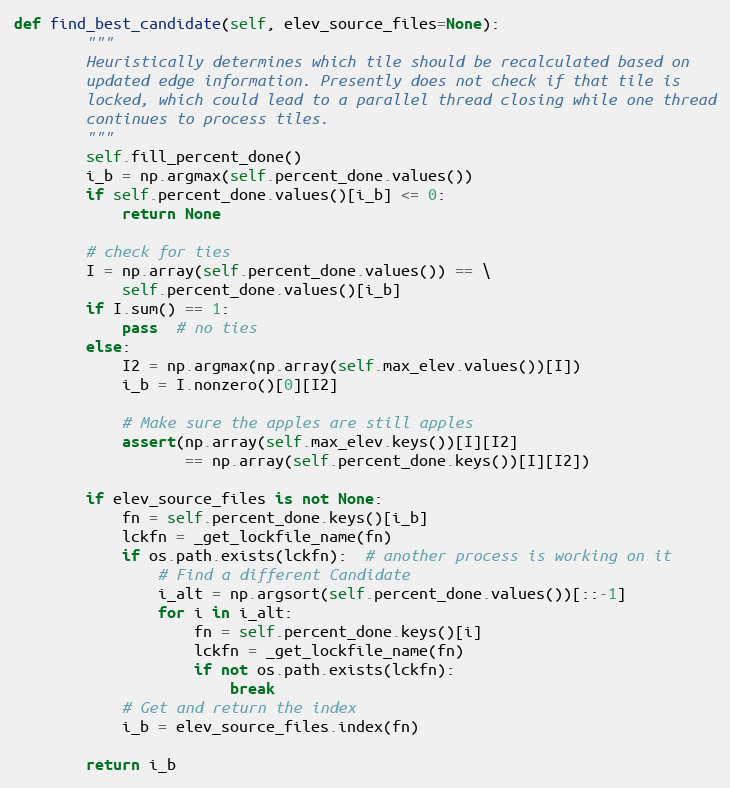
Language: Python
def find_best_candidate(self, elev_source_files=None):
        """
        Heuristically determines which tile should be recalculated based on
        updated edge information. Presently does not check if that tile is
        locked, which could lead to a parallel thread closing while one thread
        continues to process tiles.
        """
        self.fill_percent_done()
        i_b = np.argmax(self.percent_done.values())
        if self.percent_done.values()[i_b] <= 0:
            return None

        # check for ties
        I = np.array(self.percent_done.values()) == \
            self.percent_done.values()[i_b]
        if I.sum() == 1:
            pass  # no ties
        else:
            I2 = np.argmax(np.array(self.max_elev.values())[I])
            i_b = I.nonzero()[0][I2]

            # Make sure the apples are still apples
            assert(np.array(self.max_elev.keys())[I][I2]
                   == np.array(self.percent_done.keys())[I][I2])

        if elev_source_files is not None:
            fn = self.percent_done.keys()[i_b]
            lckfn = _get_lockfile_name(fn)
            if os.path.exists(lckfn):  # another process is working on it
                # Find a different Candidate
                i_alt = np.argsort(self.percent_done.values())[::-1]
                for i in i_alt:
                    fn = self.percent_done.keys()[i]
                    lckfn = _get_lockfile_name(fn)
                    if not os.path.exists(lckfn):
                        break
            # Get and return the index
            i_b = elev_source_files.index(fn)

        return i_b